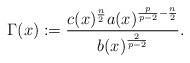
LaTeX: \begin{align*}\Gamma(x):=\frac{c(x)^{\frac{n}{2}}a(x)^{\frac{p}{p-2}-\frac{n}{2}}}{b(x)^{\frac{2}{p-2}}}.\end{align*}